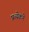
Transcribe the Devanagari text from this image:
प्रत्येकने